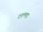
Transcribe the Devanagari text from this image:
टाल्मड